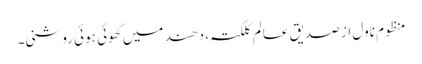
منظوم ناول از صدیق عالم کلکتہ ، دھند میں کھوئی ہوئی روشنی۔